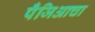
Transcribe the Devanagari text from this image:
पँजिआचा